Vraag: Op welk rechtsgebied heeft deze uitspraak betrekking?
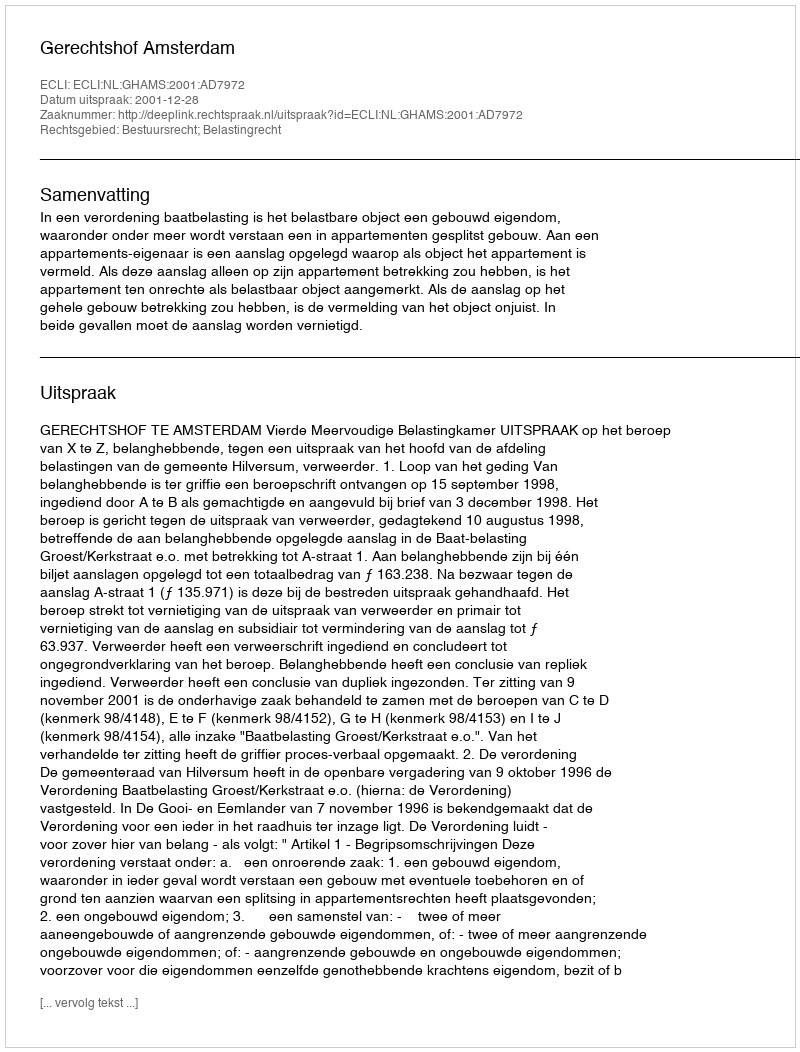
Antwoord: Bestuursrecht; Belastingrecht